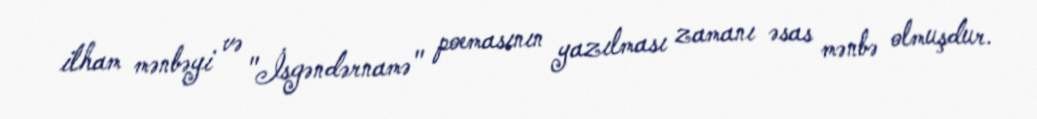
ilham mənbəyi və "İsgəndərnamə" poemasının yazılması zamanı əsas mənbə olmuşdur.